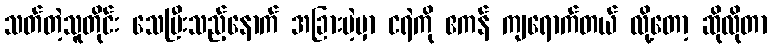
သတ်တဲ့သူတိုင်း သေပြီးသည့်နောက် အခြားမဲ့မှာ ငရဲကို ဧကန် ကျရောက်တယ် လို့တော့ ဆိုလိုတာ